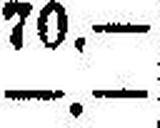
—.—